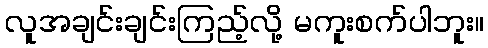
လူအချင်းချင်းကြည့်လို့ မကူးစက်ပါဘူး။